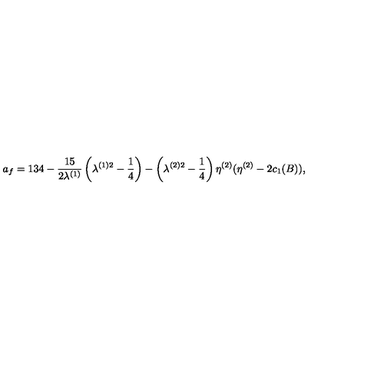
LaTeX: a _ { f } = 1 3 4 - \frac { 1 5 } { 2 \lambda ^ { ( 1 ) } } \left( \lambda ^ { ( 1 ) 2 } - \frac { 1 } { 4 } \right) - \left( \lambda ^ { ( 2 ) 2 } - \frac { 1 } { 4 } \right) \eta ^ { ( 2 ) } ( \eta ^ { ( 2 ) } - 2 c _ { 1 } ( B ) ) ,